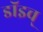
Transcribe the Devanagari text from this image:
डॉइच्